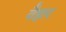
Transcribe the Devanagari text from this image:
वैहार